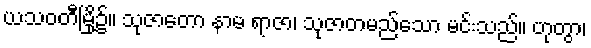
ယသဝတီမြို့၌။ သုဇာတော နာမ ရာဇာ၊ သုဇာတမည်သော မင်းသည်။ ဟုတွာ၊